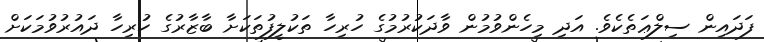
ފަދައިން ސިލްޢަތެކެވެ. އަދި މިހެންވުމުން ވާދަކުރުމުގެ ހުރިހާ ތަކުލީފުތަކަށާ ބާޒާރުގެ ހުރިހާ ދައުރުވުމަކަށް